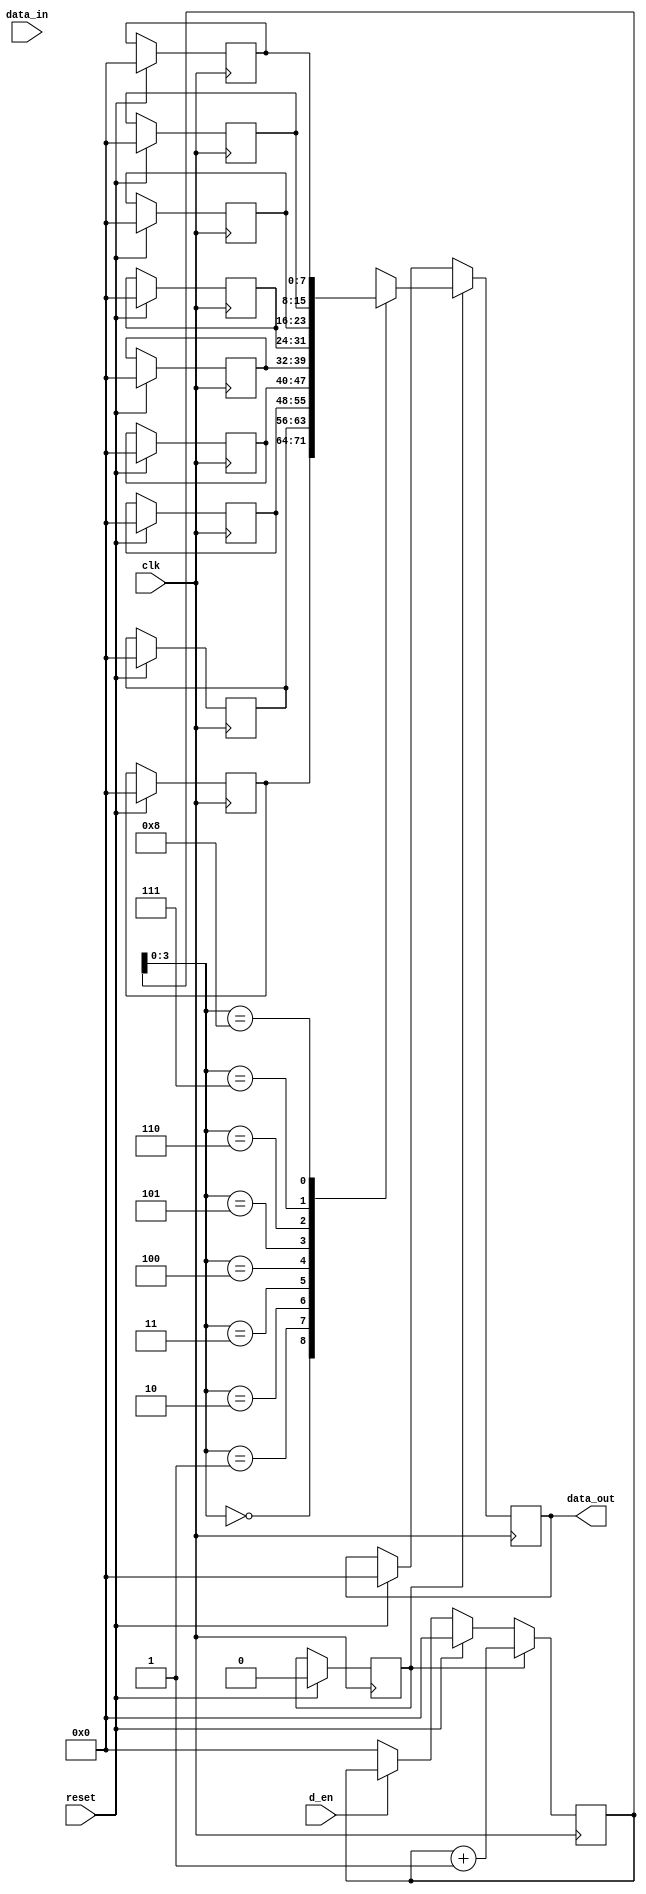
module median_sorting(clk, reset, d_en, data_in, data_out);
    parameter n = 9; //Number of inputs
    parameter s = 8; //Size of the register

input clk, reset;
input [s-1:0] data_in;
input d_en;
output reg [7:0] data_out;

reg [s-1:0] reg_in [n-1 :0]; //Input registers
reg [s-1:0] reg_out [n-1:0]; // Output registers

reg [7:0] addr_in; //Input register data pointer
reg [7:0] addr_out; // Output register data pointer

reg d_sort;

reg [5:0]sort_count;

integer i,j;

   always @ (posedge clk) begin
     if(reset) begin
       for(i=0; i<n; i=i+1)
         reg_out[i] <= 8'b0;
         addr_in <= 8'b0;
         addr_out <= 8'b0;
         data_out <= 8'b0;
         d_sort <= 1'b0;
         sort_count <= 8'b0;
       end
       else if (!d_en)begin
         reg_in[addr_in] <= data_in;
         addr_in <= addr_in + 1'b1;
         addr_out <= 8'b0;
       end
       else if (!d_en)begin
         
			for (j=n-1; j>=1; j=j-1)begin
           
			  for (i=0; i<= n-2; i=i+1)begin
             if(reg_in[i] > reg_in[i+1]) begin //Comparison operation
               reg_in[i] <= reg_in[i+1]; // Swapping
               reg_in[i+1] <= reg_in[i]; // swapping
             end
             reg_out[i] <= reg_in[i]; //Transferring input reg value to output registers.
           
			  end
           sort_count <= sort_count + 1'b1;
         
			end
           
			  if(sort_count == (n-1)) begin
             d_sort <= 1'b1;
			  end
       
		 end
       if(d_sort) begin
         data_out <= reg_out[addr_out];
         addr_out <= addr_out + 1'b1;
         addr_in <= 8'b0;
       end
   end
endmodule